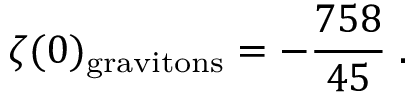
\zeta ( 0 ) _ { \mathrm { g r a v i t o n s } } = - { \frac { 7 5 8 } { 4 5 } } \; .